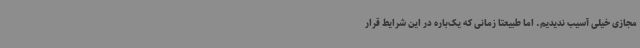
مجازی خیلی آسیب ندیدیم. اما طبیعتا زمانی که یک‌باره در این شرایط قرار